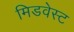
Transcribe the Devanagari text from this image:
मिडवेस्‍ट